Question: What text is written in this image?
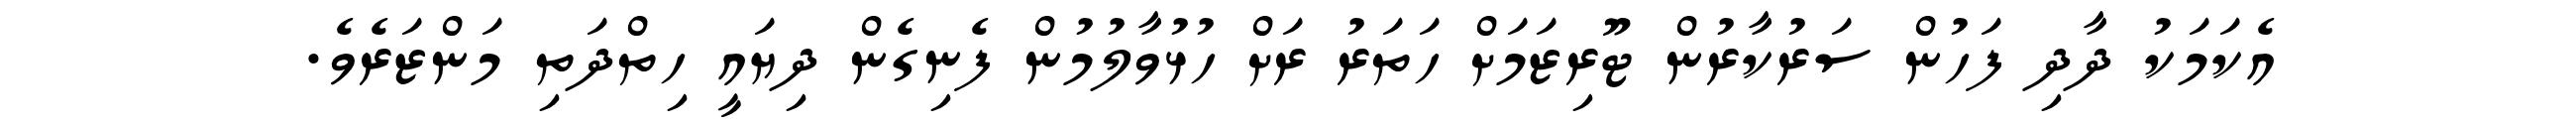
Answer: އެކަމަކު ދާދި ފަހުން ސަރުކާރުން ޓޫރިޒަމަށް ހަތަރު ރަށް ހުޅުވާލުމުން ފެނިގެން ދިޔައީ ހިތްދަތި މަންޒަރެވެ.